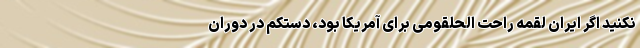
نکنید اگر ایران لقمه راحت الحلقومی برای آمریکا بود، دستکم در دوران